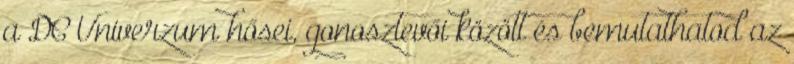
a DC Univerzum hősei, gonosztevői között és bemutathatod az